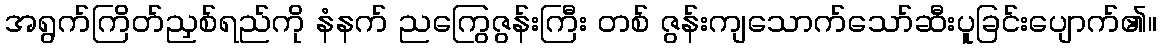
အရွက်ကြိတ်ညှစ်ရည်ကို နံနက် ညကြွေဇွန်းကြီး တစ် ဇွန်းကျသောက်သော်ဆီးပူခြင်းပျောက်၏။